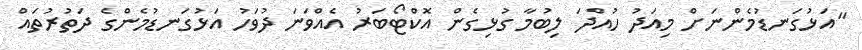
"އަޅުގަނޑުމެންނަށް މިއަދު ހުއްދަ ލިބުމާ ގުޅިގެން އޮކްޓޯބަރު އެއްވަނަ ދުވަހު އަޅުގަނޑުމެންގެ ދަތުރުތައް